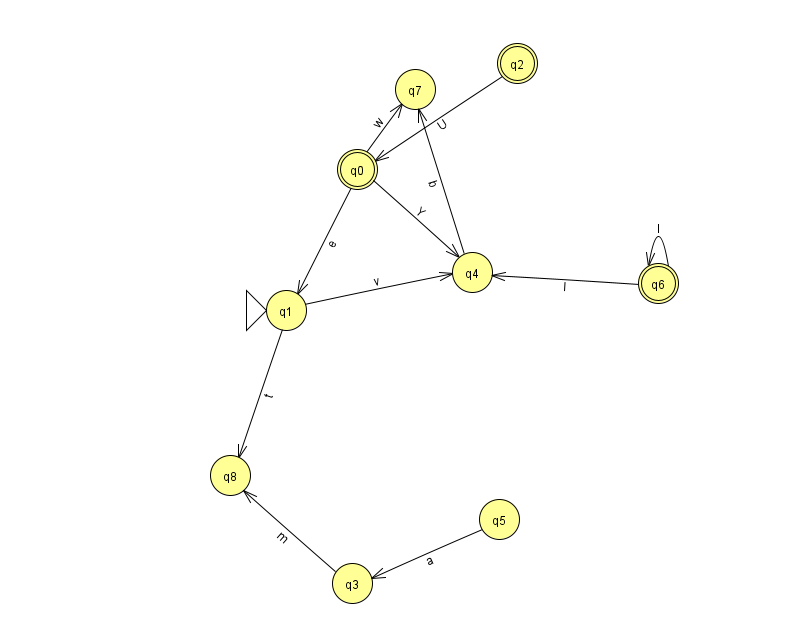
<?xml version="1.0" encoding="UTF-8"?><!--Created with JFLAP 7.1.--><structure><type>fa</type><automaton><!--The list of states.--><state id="0" name="q0"><x>357.0</x><y>156.0</y><final/></state><state id="1" name="q1"><x>286.0</x><y>297.0</y><initial/></state><state id="2" name="q2"><x>517.0</x><y>50.0</y><final/></state><state id="3" name="q3"><x>352.0</x><y>570.0</y></state><state id="4" name="q4"><x>472.0</x><y>259.0</y></state><state id="5" name="q5"><x>499.0</x><y>506.0</y></state><state id="6" name="q6"><x>658.0</x><y>270.0</y><final/></state><state id="7" name="q7"><x>415.0</x><y>76.0</y></state><state id="8" name="q8"><x>230.0</x><y>462.0</y></state><!--The list of transitions.--><transition><from>4</from><to>7</to><read>b</read></transition><transition><from>6</from><to>4</to><read>I</read></transition><transition><from>0</from><to>4</to><read>Y</read></transition><transition><from>1</from><to>4</to><read>v</read></transition><transition><from>2</from><to>0</to><read>U</read></transition><transition><from>3</from><to>8</to><read>m</read></transition><transition><from>6</from><to>6</to><read>I</read></transition><transition><from>1</from><to>8</to><read>t</read></transition><transition><from>5</from><to>3</to><read>a</read></transition><transition><from>0</from><to>1</to><read>e</read></transition><transition><from>0</from><to>7</to><read>w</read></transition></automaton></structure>